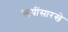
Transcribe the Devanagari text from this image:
ऋषींसारखे